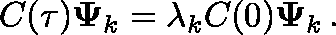
C ( \tau ) \mathbf { \Psi } _ { k } = \lambda _ { k } C ( 0 ) \mathbf { \Psi } _ { k } \, .